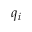
q _ { i }